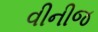
વીનીજ